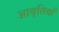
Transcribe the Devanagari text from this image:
आवृतियाँ